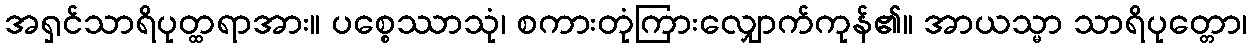
အရှင်သာရိပုတ္ထရာအား။ ပစ္စေဿာသုံ၊ စကားတုံကြားလျှောက်ကုန်၏။ အာယသ္မာ သာရိပုတ္တော၊